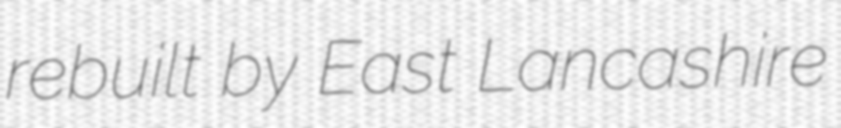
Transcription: rebuilt by East Lancashire